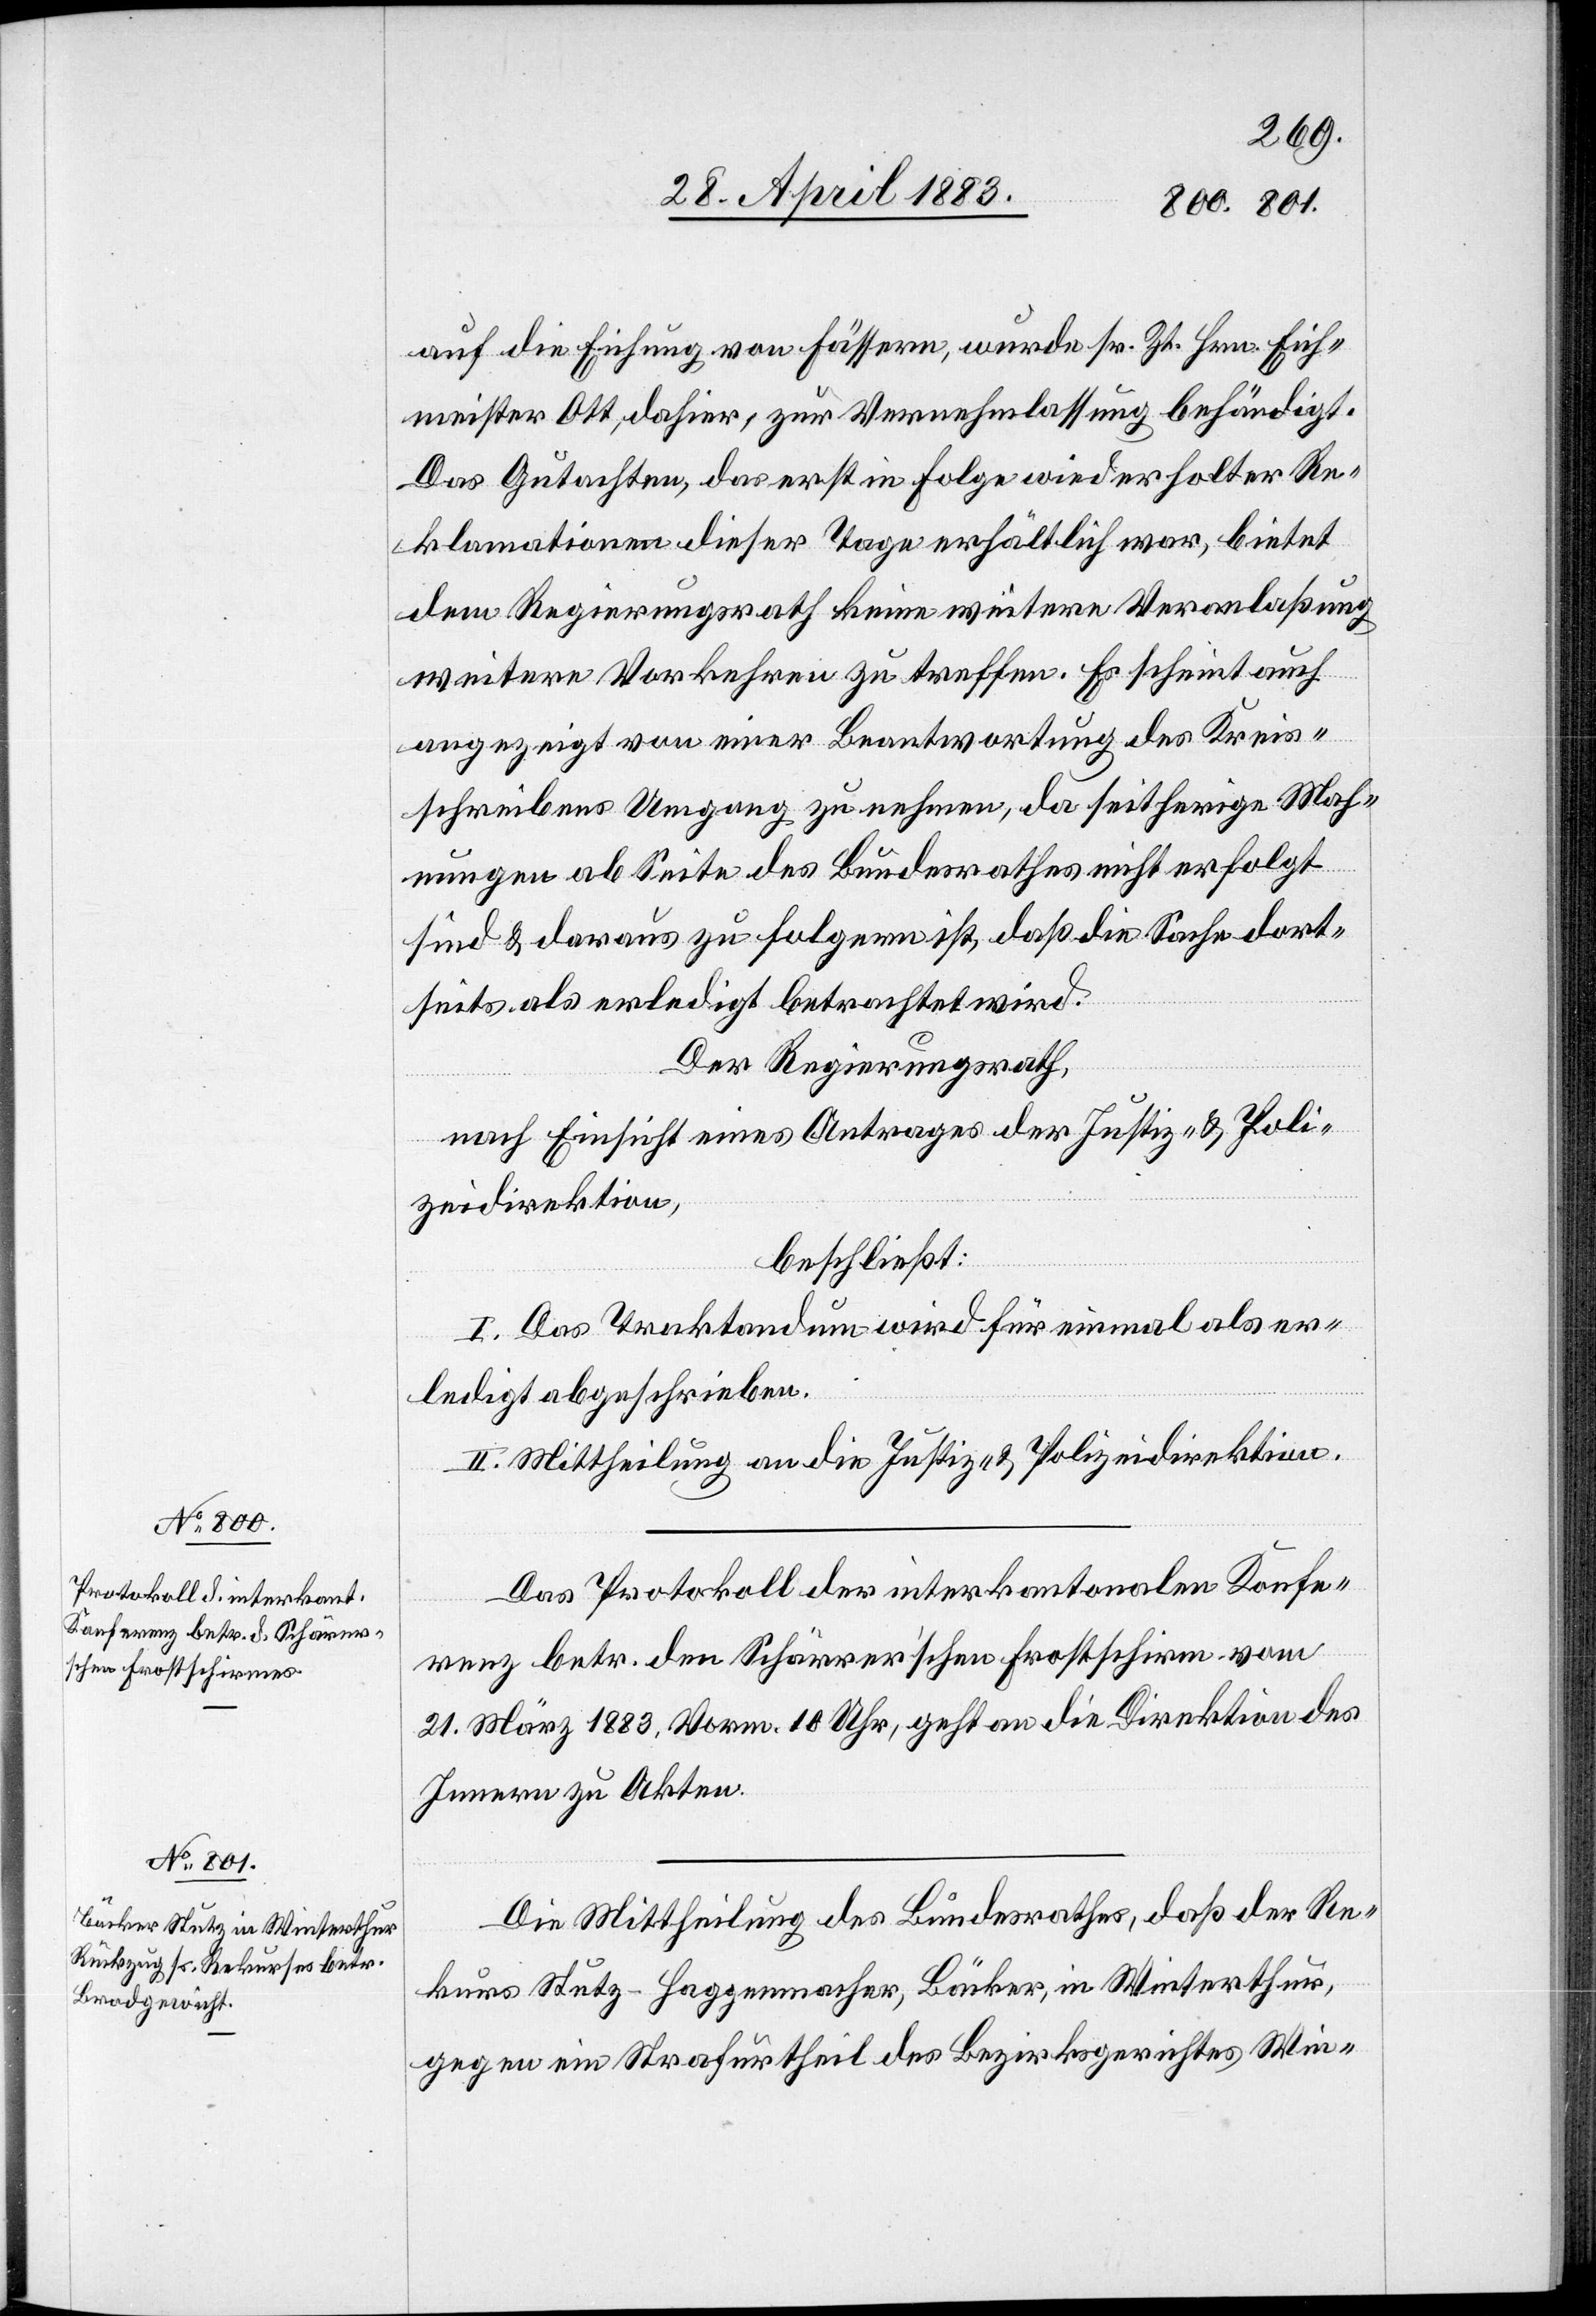
auf die Eichung von Fässern, wurde sr. Zt. Hrn. Eich¬
meister Ott, dahier, zur Vernehmlassung behändigt.
Das Gutachten, das erst in Folge wiederholter Re¬
klamationen dieser Tage erhältlich war, bietet
dem Regierungsrath keine weitere Veranlaßung
weitere Vorkehren zu treffen. Es scheint auch
angezeigt von einer Beantwortung des Kreis¬
schreibens Umgang zu nehmen, da seitherige Mah¬
nungen ab Seite des Bundesrathes nicht erfolgt
sind & daraus zu folgern ist, daß die Sache dort¬
seits als erledigt betrachtet wird.
Der Regierungsrath,
nach Einsicht eines Antrages der Justiz- & Poli¬
zeidirektion,
beschließt:
I. Das Traktandum wird für einmal als er¬
ledigt abgeschrieben.
II. Mittheilung an die Justiz- & Polizeidirektion.
Das Protokoll der interkantonalen Konfe¬
renz betr. den Schärrer’schen Frostschirm vom
21. März 1883, Vorm. 10 Uhr, geht an die Direktion des
Innern zu Akten.
Die Mittheilung des Bundesrathes, daß der Re¬
kurs Stutz-Haggenmacher, Bäcker, in Winterthur,
gegen ein Strafurtheil des Bezirksgerichtes Win-